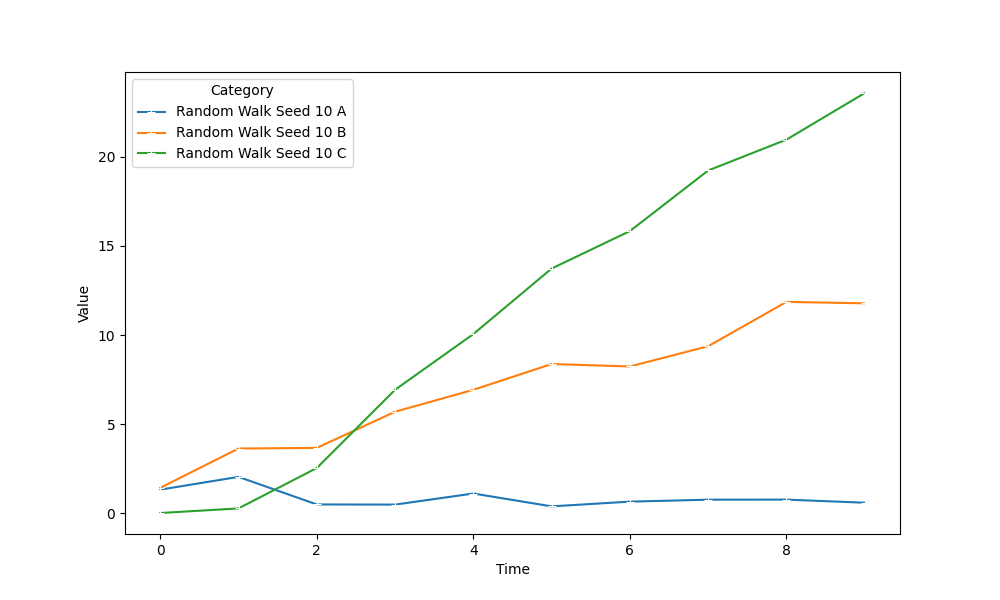
python, seaborn, lineplot, style='solid', marker='+'